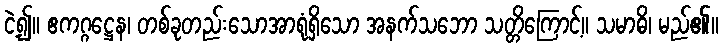
ငဲ့၍။ ဧကဂ္ဂဋ္ဌေန၊ တစ်ခုတည်းသောအာရုံရှိသော အနက်သဘော သတ္တိကြောင့်။ သမာဓိ၊ မည်၏။